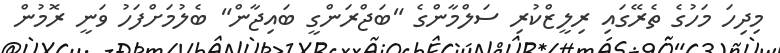
މިދިހަ މަހުގެ ތެރޭގައި ރިލީޒްކުރި ސަލްމާންގެ "ބަޖްރަންގީ ބައިޖާން" ބެލުމަށްފަހު ވަނީ ރޮމުން